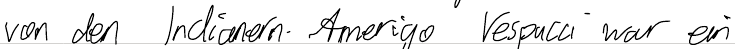
von den Indianern. Amerigo Vespucci war ein